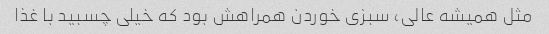
مثل همیشه عالی، سبزی خوردن همراهش بود که خیلی چسبید با غذا